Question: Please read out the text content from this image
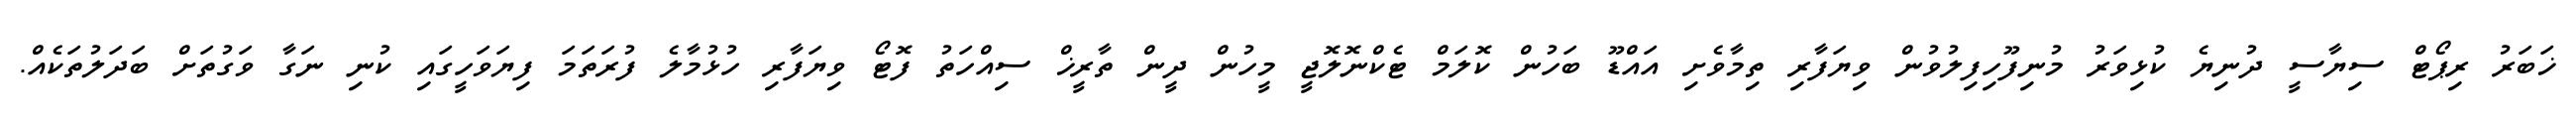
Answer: ޚަބަރު ރިޕޯޓް ސިޔާސީ ދުނިޔެ ކުޅިވަރު މުނިފޫހިފިލުވުން ވިޔަފާރި ތިމާވެށި އައްޑޫ ބަހުން ކޮލަމް ޓެކްނޮލޮޖީ މީހުން ދީން ތާރީޚް ސިއްހަތު ފޮޓޯ ވިޔަފާރި ހުޅުމާލެ ފުރަތަމަ ފިޔަވަހީގައި ކުނި ނަގާ ވަގުތަށް ބަދަލުތަކެއް.